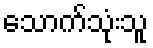
သောက်သုံးသူ